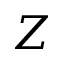
Z